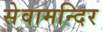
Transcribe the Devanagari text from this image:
सेवामन्दिर